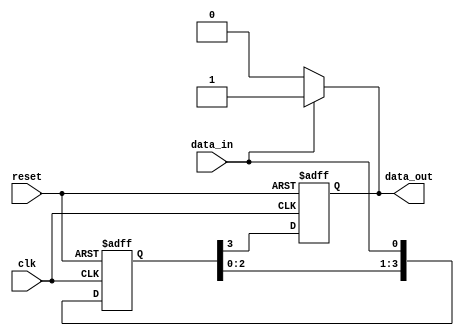
module event_control_example (
    input wire clk,           // Clock input
    input wire reset,         // Reset input
    input wire data_in,       // Data input signal
    output reg data_out       // Data output signal
);

    // Internal signal to hold the state
    reg [3:0] state;

    // Initial block for setting the initial state
    initial begin
        state = 4'b0000;
        data_out = 1'b0;
    end

    // Always block to handle events
    always @(posedge clk or posedge reset) begin
        if (reset) begin
            // Handle reset event
            state <= 4'b0000;
            data_out <= 1'b0;
        end else begin
            // Handle clock event
            // Example: Update state and output based on data_in
            state <= {state[2:0], data_in}; // Shift in data_in
            data_out <= state[3];           // Output the most significant bit
        end
    end

    // Another example using @(data_in) to react to changes in data_in
    always @(data_in) begin
        // Handle data input change event
        if (data_in) begin
            // Perform some action when data_in is high
            data_out <= 1'b1; // Set data_out high if data_in is high
        end else begin
            // Perform some action when data_in is low
            data_out <= 1'b0; // Set data_out low if data_in is low
        end
    end

endmodule